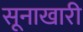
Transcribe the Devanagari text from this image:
सूनाखारी